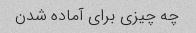
چه چیزی برای آماده شدن